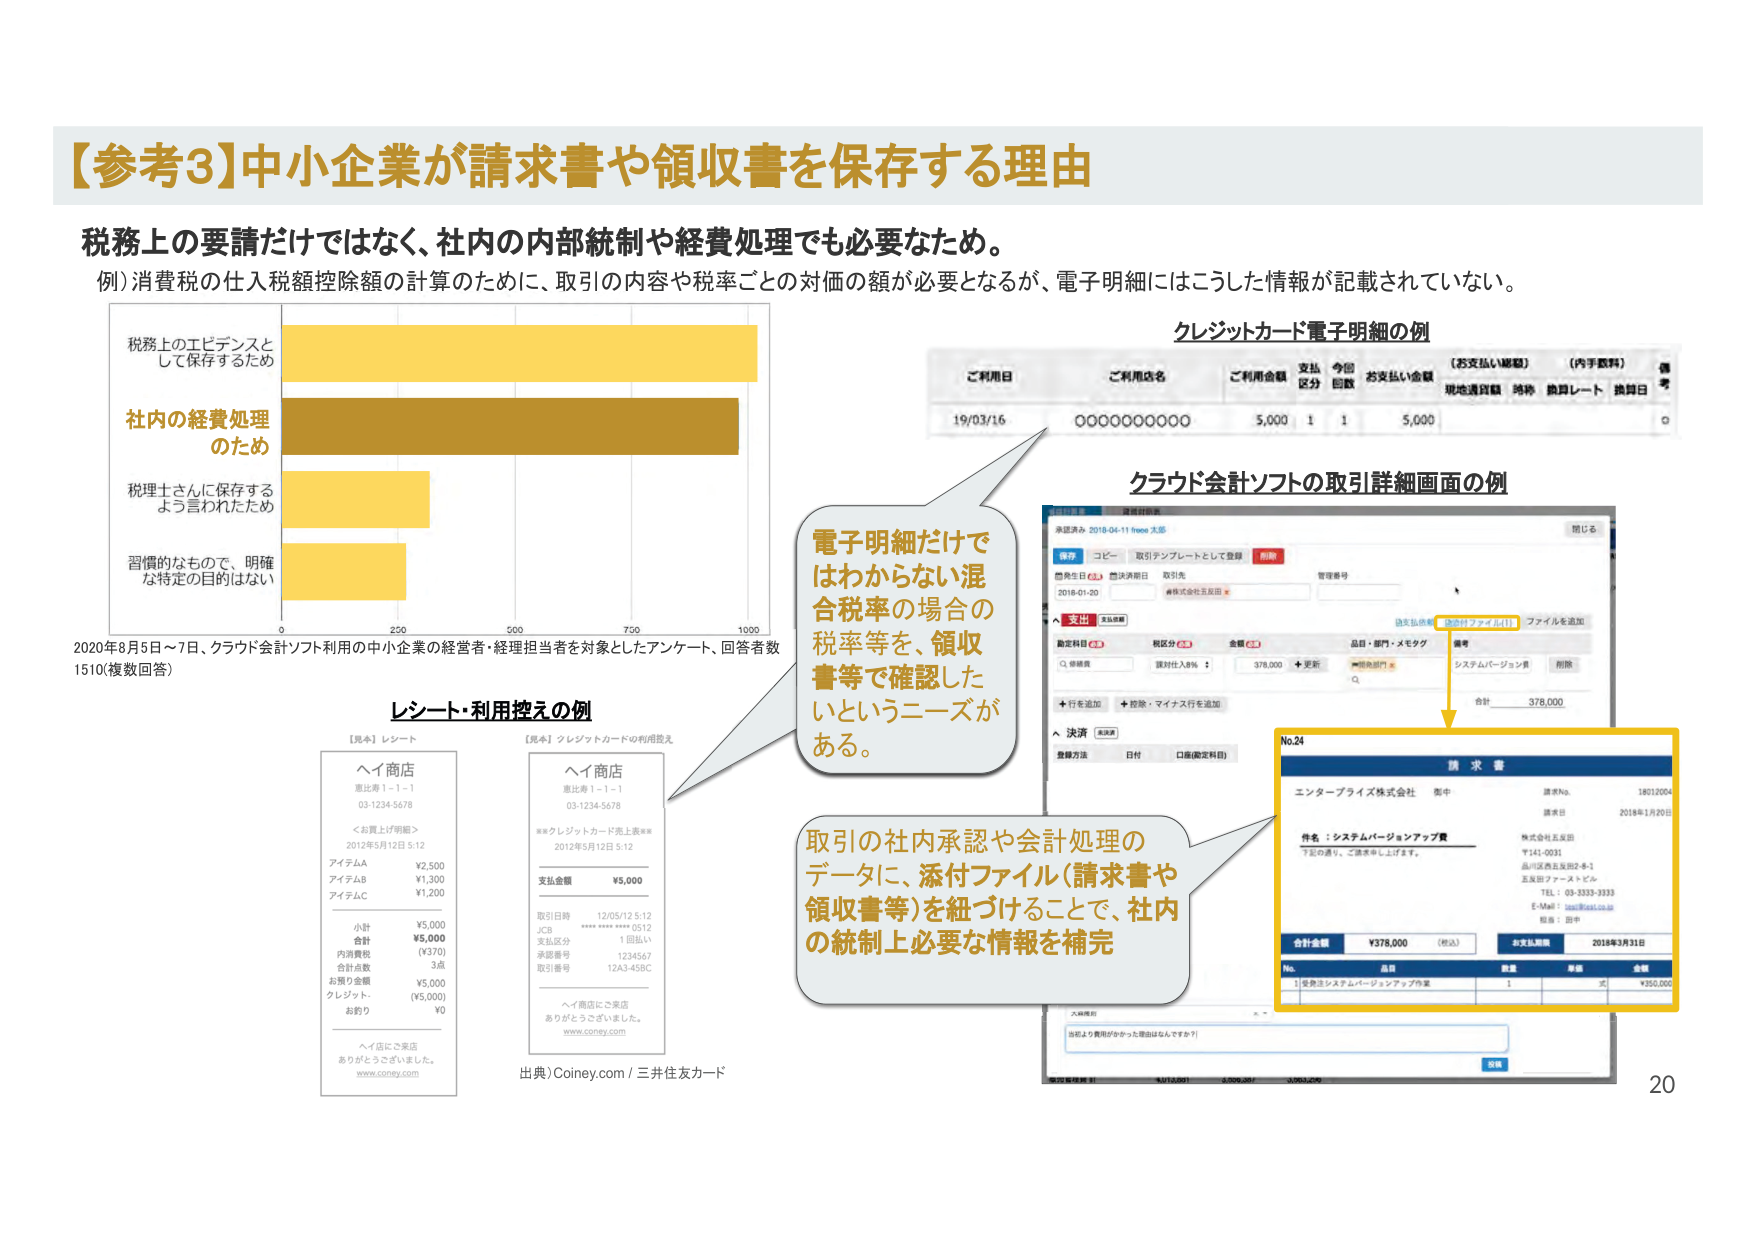
【参考3】中小企業が請求書や領収書を保存する理由

税務上の要請だけではなく、社内の内部統制や経費処理でも必要なため。
例）消費税の仕入税額控除額の計算のために、取引の内容や税率ごとの対価の額が必要となるが、電子明細にはこうした情報が記載されていない。

税務上のエビデンスとして保存するため
社内の経費処理のため
税理士さんに保存するよう言われたため
習慣的なもので、明確な特定の目的はない

0 250 500 750 1000

2020年8月5日～7日、クラウド会計ソフト利用の中小企業の経営者・経理担当者を対象としたアンケート、回答者数1510（複数回答）

レシート・利用控えの例

【見本】レシート
ヘイ商店
恵比寿1-1-1
03-1234-5678
＜お買上げ明細＞
2012年5月12日 5:12
アイテムA ¥2,500
アイテムB ¥1,300
アイテムC ¥1,200
小計 ¥5,000
合計 ¥5,000
内消費税 (¥370)
合計点数 3点
お預り金額 ¥5,000
クレジット・ (¥5,000)
お釣り ¥0
ヘイ店にご来店
ありがとうございました。
www.coney.com

【見本】クレジットカードの利用控え
ヘイ商店
恵比寿1-1-1
03-1234-5678
**クレジットカード売上票**
2012年5月12日 5:12
支払金額 ¥5,000
取引日時 12/05/12 5:12
JCB **** **** **** 0512
支払区分 1 回払い
承認番号 1234567
取引番号 12A3-45BC
ヘイ商店にご来店
ありがとうございました。
www.coney.com

出典）Coney.com / 三井住友カード

クレジットカード電子明細の例

ご利用日 ご利用店名 ご利用金額 支払区分 今回回数 お支払い金額 【お支払い曜日】 【内予算料】 備考
19/03/16 0000000000 5,000 1 1 5,000 現地通貨額 時枠 換算レート 換算日 ○

クラウド会計ソフトの取引詳細画面の例

承認済み 2018-04-11 freee 太郎
保存 コピー 取引テンプレートとして登録 削除
発生日 2018-01-20 決済期日 取引先 株式会社五反田 管理番号
支払 支払明細
勘定科目 税区分 金額 品目・部門・メモタグ 備考
○ 会議費 課税仕入8% 378,000 +更新 一部決済部門 システムバージョン費 削除
+ 行を追加 + 控除・マイナス行を追加
決済 決済明細
登録方法 日付 口座(勘定科目)
添付ファイル[1] ファイルを追加
合計 378,000

No.24 請求書
エンタープライズ株式会社 国中
請求No. 18012004
請求日 2018年1月20日
件名：システムバージョンアップ費
下記の通り、ご請求申し上げます。
株式会社五反田
〒141-0031
品川区西五反田2-8-1
五反田ファーストビル
TEL：03-3333-3333
E-Mail：aaa@aaa.co.jp
担当：田中
合計金額 ¥378,000 （税込） お支払期限 2018年3月31日
No. 品目 数量 単価 金額
1 5年間システムバージョンアップ作業 1 350,000

大額取引
当初より費用がかかった理由はなんですか？

取引の社内承認や会計処理のデータに、添付ファイル（請求書や領収書等）を紐づけることで、社内の統制上必要な情報を補完

電子明細だけではわからない混合税率の場合の税率等を、領収書等で確認したいというニーズがある。

20